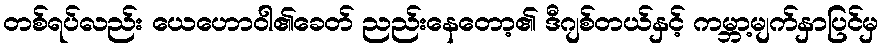
တစ်ရပ်လည်း ယေဟောဝါ၏ခေတ် ညည်းနေတော့၏ ဒီဂျစ်တယ်နှင့် ကမ္ဘာ့မျက်နှာပြင်မှ